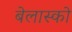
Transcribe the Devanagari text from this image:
बेलास्को